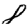
Digit: 8